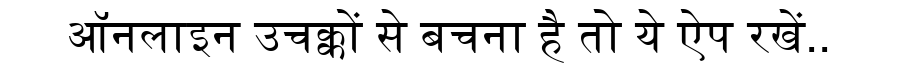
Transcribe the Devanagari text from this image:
ऑनलाइन उचक्कों से बचना है तो ये ऐप रखें..